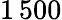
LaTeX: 1\, 500